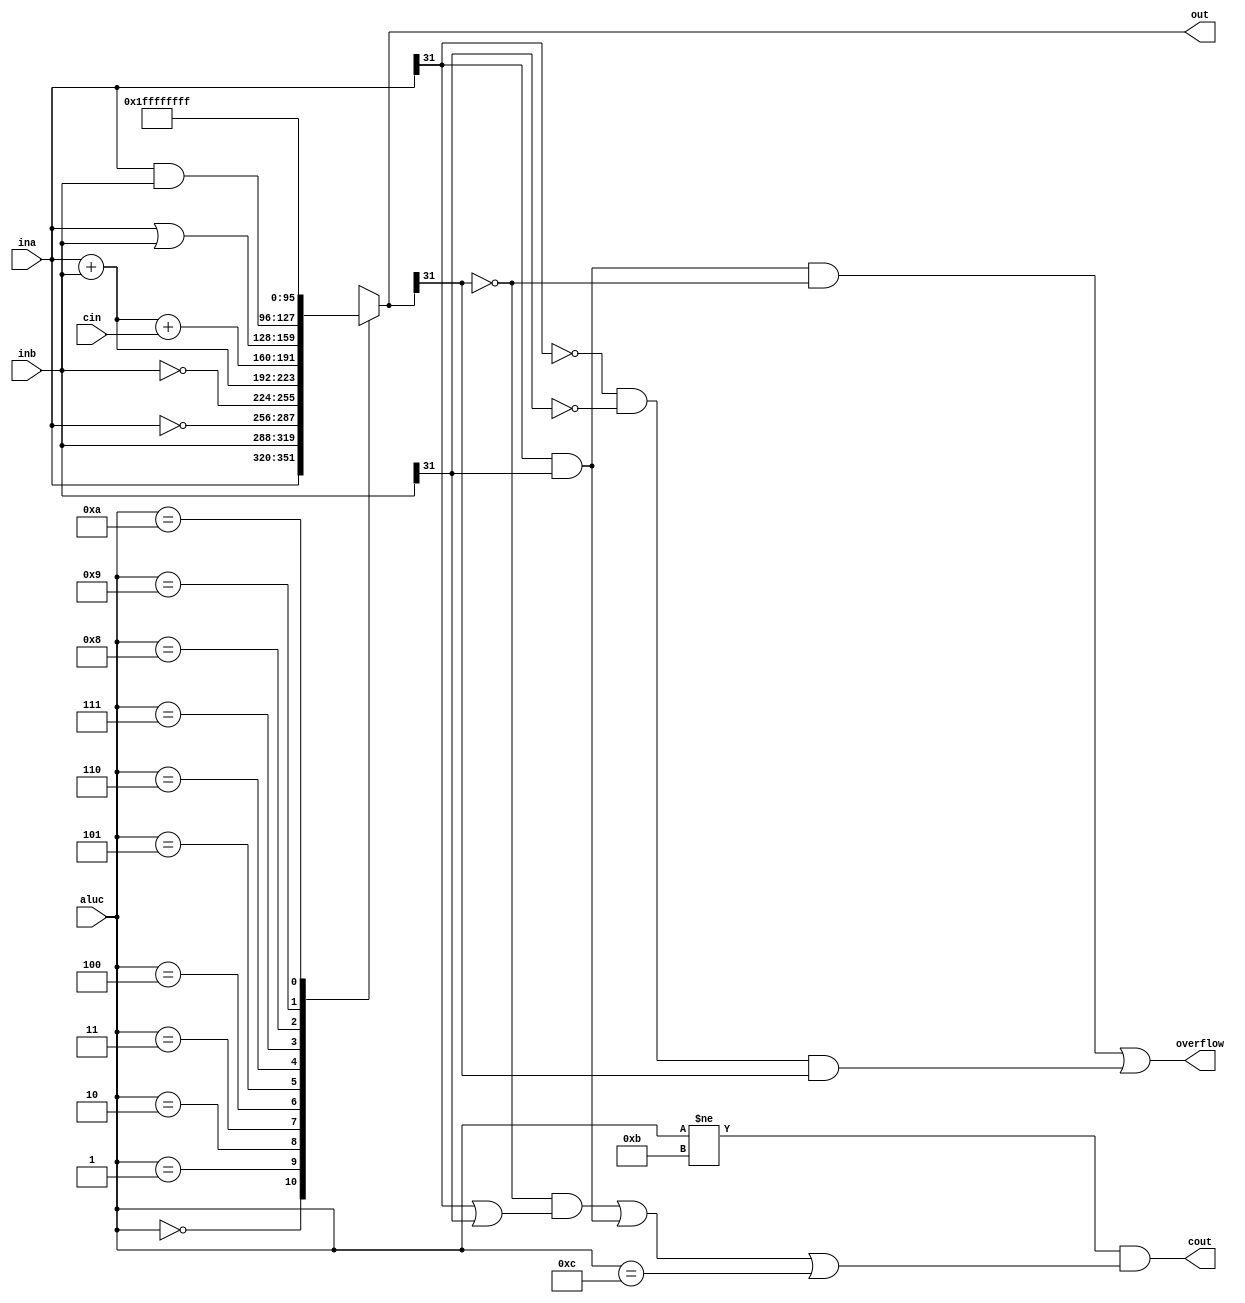
/*
 * alu
 *
 * Arithmetic logic unit (ALU) using input and output ports of 32-bit width, 4-bit width control
 * line aluc to determine what operation to apply and some output ports for status flags.
 */
module alu(
	ina,			// Input Bus A
	inb,			// Input Bus B
	out,			// Output Bus
	aluc,			// ALU Control lines
	cin,			// Carry In
	cout,			// Carry Out
	overflow		// Overflow bit flag
);

	/*************************/
	/* Declaring input ports */
	/*************************/	
	input wire [31:0] ina;
	input wire [31:0] inb;
	input wire [3:0] aluc;
	input wire cin;

	/**************************/
	/* Declaring output ports */
	/**************************/
	output reg [31:0] out;
	output wire cout;
	output wire overflow;
	
	/**************/
	/* Out driver */
	/**************/
	always @ (ina or inb or aluc or cin) begin
		case(aluc)
			4'b0000: out = ina;
			4'b0001: out = inb;
			4'b0010: out = ~ina;
			4'b0011: out = ~inb;
			4'b0100: out = ina + inb;
			4'b0101: out = ina + inb + cin;
			4'b0110: out = ina | inb;
			4'b0111: out = ina & inb;
			4'b1000: out = 32'b0;
			4'b1001: out = 32'b1;
			4'b1010: out = 32'hFFFFFFFF;
			default: out = 32'hXXXXXXXX;
		endcase
	end
	
	/*****************/
	/* Flags drivers */
	/*****************/
	assign overflow = (ina[31] & inb[31] & ~out[31]) | (~ina[31] & ~inb[31] & out[31]);
	assign cout = (aluc != 4'b1011) & (((~out[31]) & (ina[31] | inb[31])) | (ina[31] & inb[31]) | (aluc == 4'b1100));	

endmodule